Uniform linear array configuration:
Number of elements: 24
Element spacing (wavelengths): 0.5
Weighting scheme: blackman
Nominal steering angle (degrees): -45
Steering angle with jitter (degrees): -43.57
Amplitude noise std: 0.05
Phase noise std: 0.05

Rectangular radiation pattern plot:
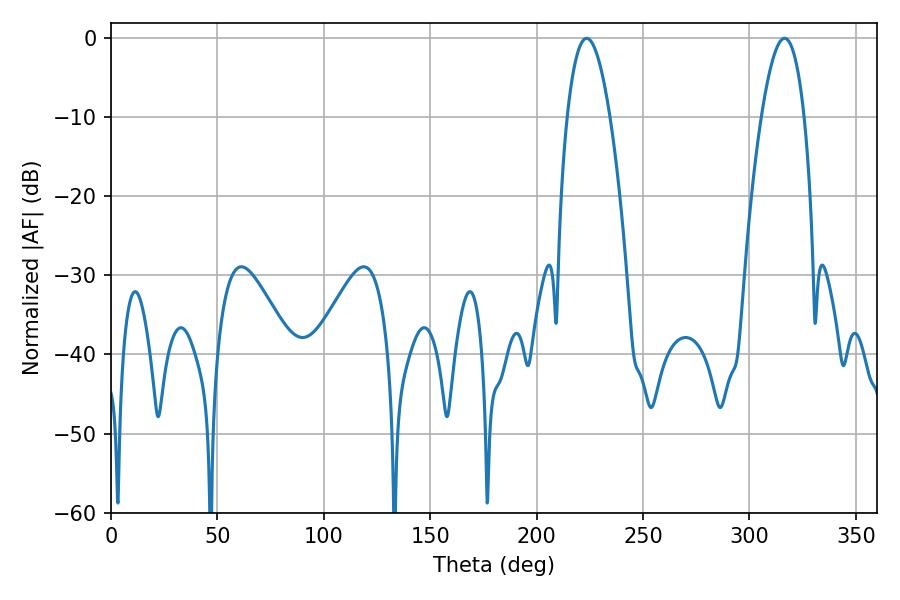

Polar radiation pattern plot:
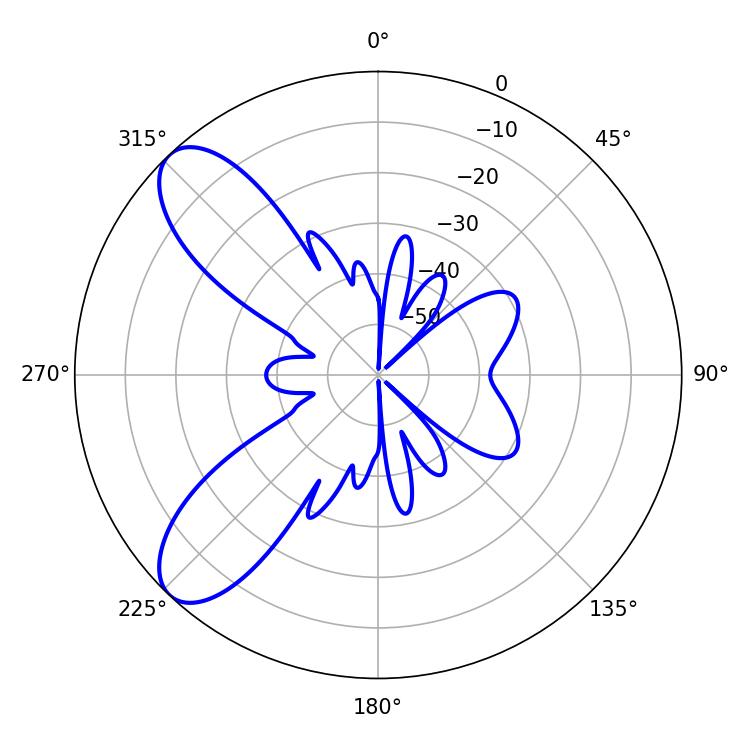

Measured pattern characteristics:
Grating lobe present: FALSE
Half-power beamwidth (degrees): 11.16
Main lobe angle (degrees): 223.56